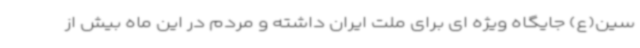
سین(ع) جایگاه ویژه ای برای ملت ایران داشته و مردم در این ماه بیش از